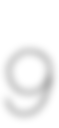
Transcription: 9